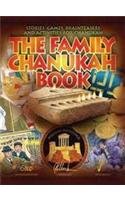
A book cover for The Family Chanukah Book: Stories, Games, Brainteasers and Activities for Chanukah; Teen & Young Adult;